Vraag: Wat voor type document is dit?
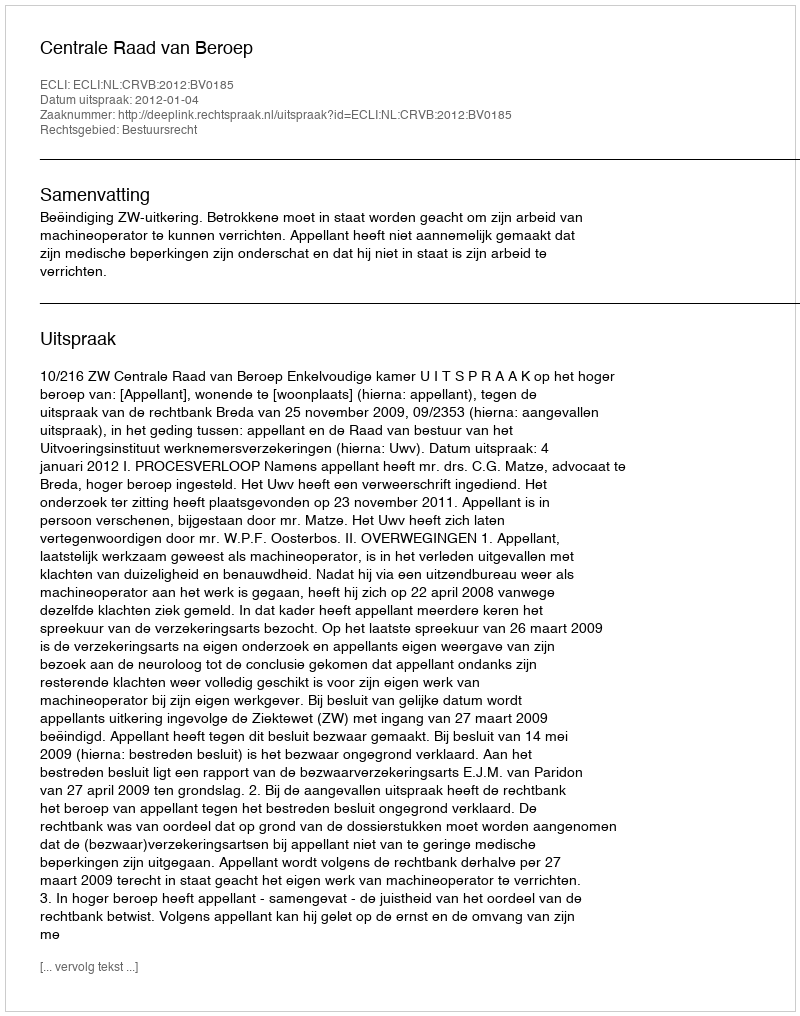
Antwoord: Uitspraak